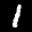
Label: 1